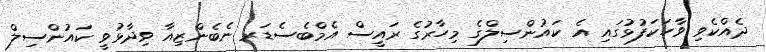
ދެއްކެވި ވާހަކަފުޅުގައި އެ ކައުންސިލްގެ މިހާރުގެ ރައީސް އެމްބެސެޑަރ ނެބެންޒިއާ ވިދާޅުވީ ކައުންސިލް